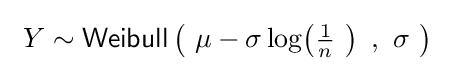
\ Y\sim {\textsf {Weibull}}\left(\ \mu -\sigma \log \!\left({\tfrac {1}{n}}\ \right)\ ,\ \sigma \ \right)~